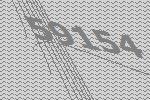
59154